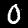
Digit: 0